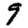
Digit: 9